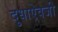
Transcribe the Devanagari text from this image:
दुधाऐवजी